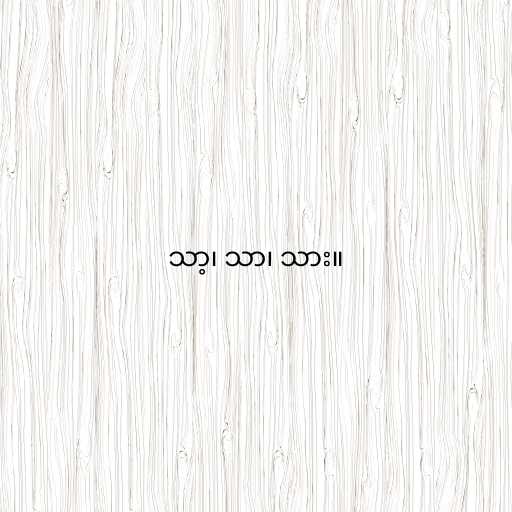
သာ့၊ သာ၊ သား။